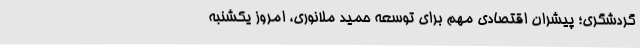
گردشگری؛ پیشران اقتصادی مهم برای توسعه حمید ملانوری، امروز یکشنبه